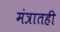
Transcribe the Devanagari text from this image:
मंत्रातही